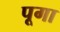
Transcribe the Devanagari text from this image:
पूगा